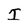
Character: I